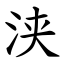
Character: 浃